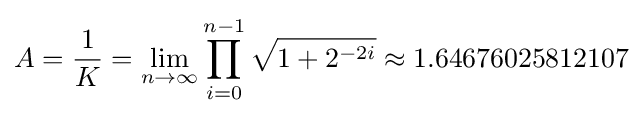
A={\frac {1}{K}}=\lim _{n\to \infty }\prod _{i=0}^{n-1}{\sqrt {1+2^{-2i}}}\approx 1.64676025812107